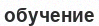
обучение